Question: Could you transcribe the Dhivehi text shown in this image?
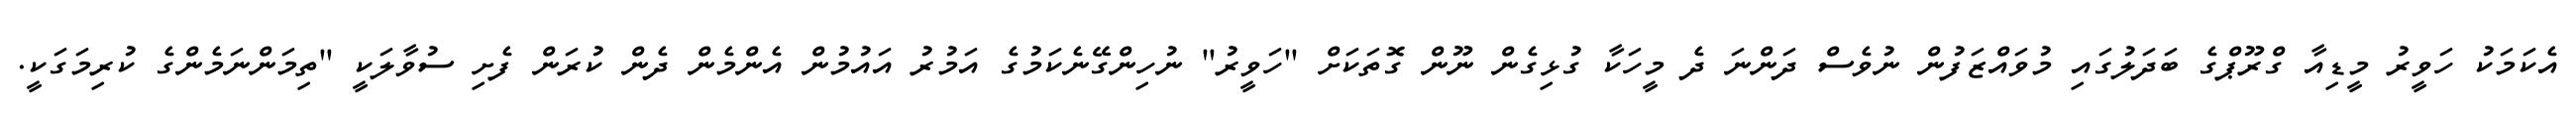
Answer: އެކަމަކު ހަވީރު މީޑިއާ ގްރޫޕްގެ ބަދަލުގައި މުވައްޒަފުން ނުވެސް ދަންނަ ދެ މީހަކާ ގުޅިގެން ނޫން ގޮތަކަށް "ހަވީރު" ނުހިންގޭނެކަމުގެ އަމުރު އައުމުން އެންމެން ދެން ކުރަން ފެށި ސުވާލަކީ "ތިމަންނަމެންގެ ކުރިމަގަކީ.